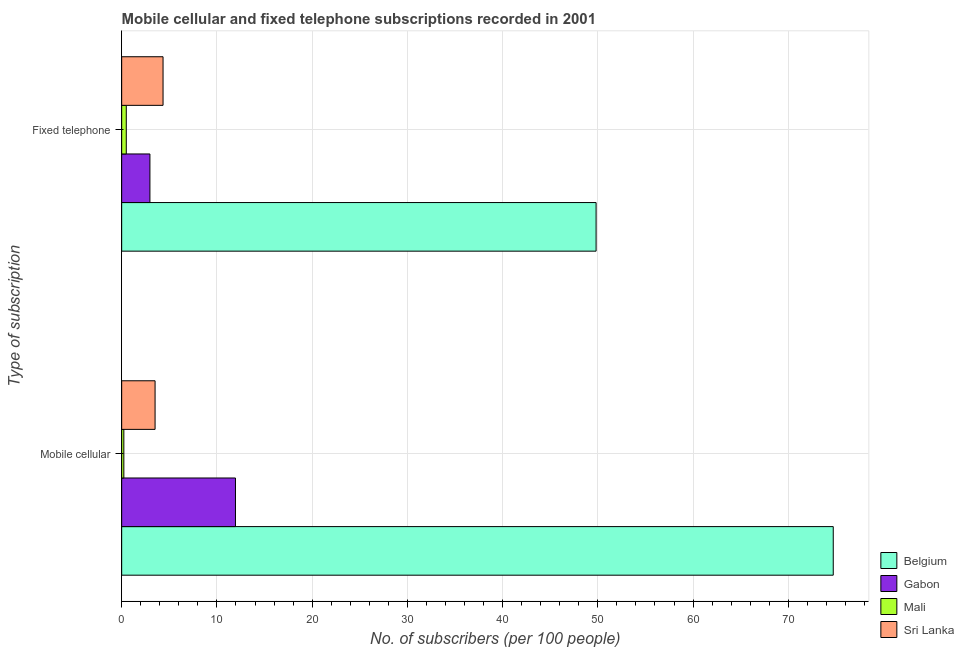
| Type of subscription | Belgium | Gabon | Mali | Sri Lanka |
 | --- | --- | --- | --- | --- |
 | Mobile cellular | 74.7 | 11.9 | 0.227 | 3.51 |
 | Fixed telephone | 49.8 | 2.97 | 0.484 | 4.35 |